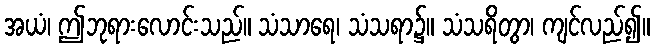
အယံ၊ ဤဘုရားလောင်းသည်။ သံသာရေ၊ သံသရာ၌။ သံသရိတွာ၊ ကျင်လည်၍။